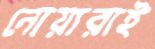
নোয়ারাই